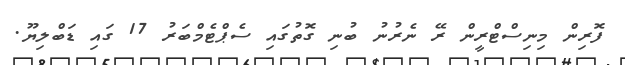
ފޮރިން މިނިސްޓްރީން ރޭ ނެރުނު ބުނި ގޮތުގައި ސެޕްޓެމްބަރު 17 ގައި ޑަބްލިޔޫ.